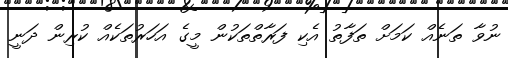
ނުވާ ތަނެއް ކަމަށް ތަފާތު އެކި ފަރާތްތަކުން މީގެ އަހަރުތަކެއް ކުރިން ދަނީ